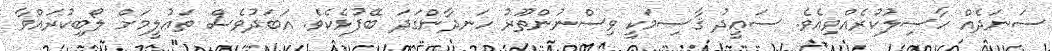
ސަނަދެއް ހާސިލުކުރެއްވިއެވެ. ސަޢީދު ޤާސިމަކީ ވިސްނުންތޫރު ހަނދާންގަދަ ބޭފުޅެކެވެ. އަބަދުވެސް ތަޢުލީމަށް ލޯބިކުރައްވާ